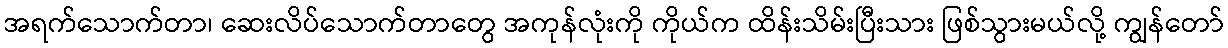
အရက်သောက်တာ၊ ဆေးလိပ်သောက်တာတွေ အကုန်လုံးကို ကိုယ်က ထိန်းသိမ်းပြီးသား ဖြစ်သွားမယ်လို့ ကျွန်တော်